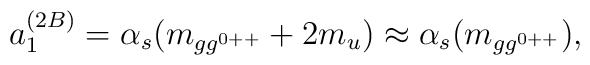
a_1^{(2B)}=\alpha_s (m_{gg^{0++}}+2m_u) \approx \alpha_s(m_{gg^{0++}}),